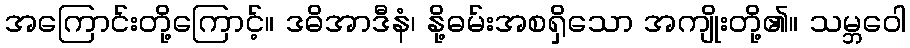
အကြောင်းတို့ကြောင့်။ ဒဓိအာဒီနံ၊ နို့ဓမ်းအစရှိသော အကျိုးတို့၏။ သမ္ဘဝေါ